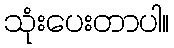
သုံးပေးတာပါ။